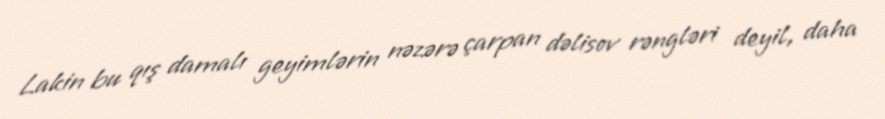
Lakin bu qış damalı geyimlərin nəzərə çarpan dəlisov rəngləri deyil, daha